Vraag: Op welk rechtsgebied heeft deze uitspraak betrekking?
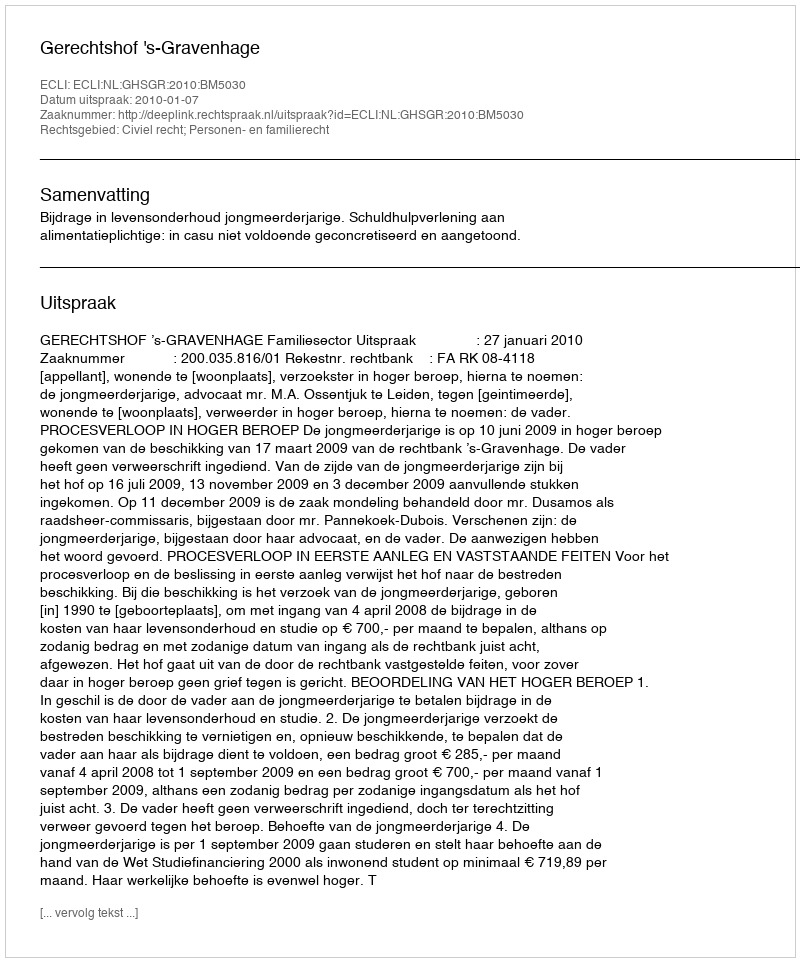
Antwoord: Civiel recht; Personen- en familierecht